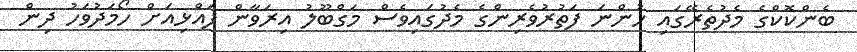
ބެންކޮކްގެ މެދުތެރޭގައި ހުންނަ ފަތުރުވެރިންގެ މެދުގައިވެސް މަގްބޫލު އިރަވާން ފައްޅިއަށް ހޯމަދުވަހު ދިން